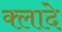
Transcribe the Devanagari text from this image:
क्लादे